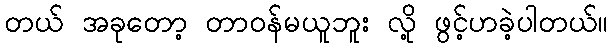
တယ် အခုတော့ တာဝန်မယူဘူး လို့ ဖွင့်ဟခဲ့ပါတယ်။